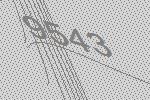
9543